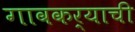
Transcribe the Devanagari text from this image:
गावकर्‍याची